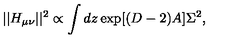
| | H _ { \mu \nu } | | ^ { 2 } \propto \int d z \exp [ ( D - 2 ) A ] \Sigma ^ { 2 } ,